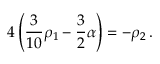
4 \left( { \frac { 3 } { 1 0 } } \rho _ { 1 } - { \frac { 3 } { 2 } } \alpha \right) = - \rho _ { 2 } \, .